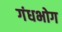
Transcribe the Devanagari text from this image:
गंधभोग